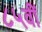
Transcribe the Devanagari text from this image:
८५वीं